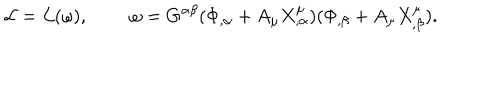
LaTeX: { \cal L } = { \cal L } ( \omega ) , \; \; \omega = G ^ { \alpha \beta } ( \Phi _ { , \alpha } + A _ { \mu } X _ { , \alpha } ^ { \mu } ) ( \Phi _ { , \beta } + A _ { \mu } X _ { , \beta } ^ { \mu } ) .